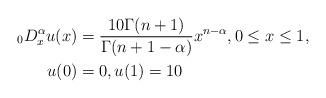
LaTeX: \begin{align*} \;_0 D_x^\alpha u(x) & = \frac{10\Gamma{(n+1)}} {\Gamma{(n+1-\alpha)} } x^{n-\alpha} , 0\le x\le 1, \\ u(0) & = 0 , u(1) = 10 \end{align*}